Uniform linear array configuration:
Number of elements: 8
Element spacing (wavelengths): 0.5
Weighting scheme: blackman
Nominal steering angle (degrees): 45
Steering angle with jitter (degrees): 45.763
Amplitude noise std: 0.05
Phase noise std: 0.05

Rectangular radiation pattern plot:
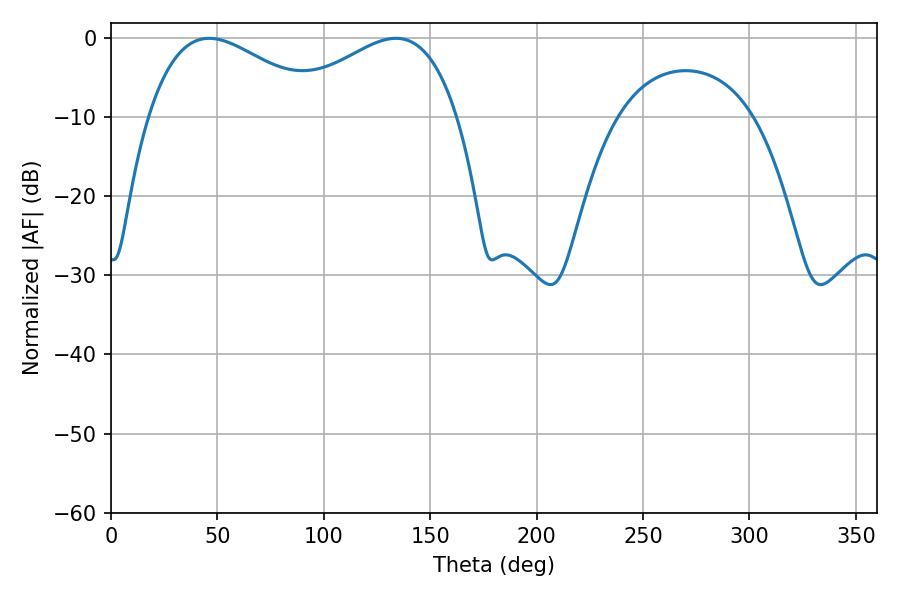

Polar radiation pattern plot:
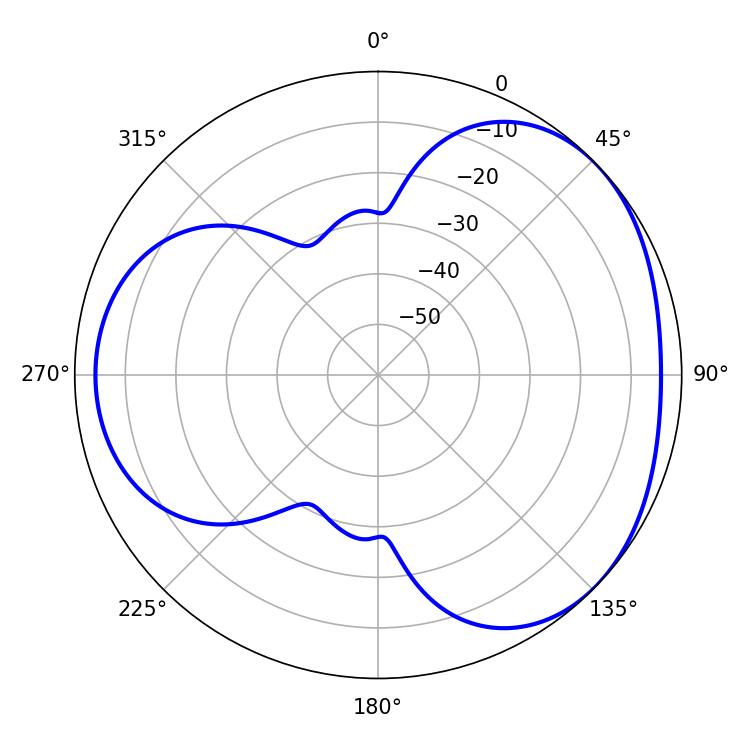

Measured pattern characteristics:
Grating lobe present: FALSE
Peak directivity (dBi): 3.441
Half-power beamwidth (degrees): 44.82
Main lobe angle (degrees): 46.08